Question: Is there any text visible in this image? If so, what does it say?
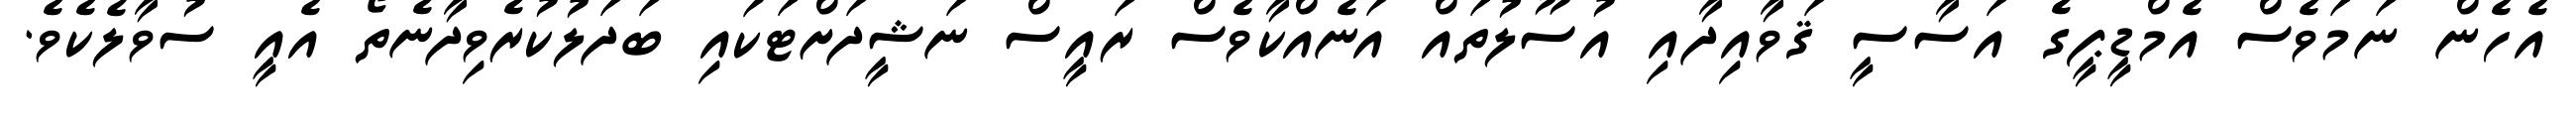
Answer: އެހެން ނަމަވެސް އެމްޑީޕީގެ އަސާސީ ޤަވާއިދާއި އުސޫލުތައް އަނެއްކާވެސް ރައީސް ނަޝީދަށްޓަކައި ބަދަލުކުރެވިދާނެތޯ އެއީ ސުވާލެކެވެ.